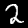
Label: 2